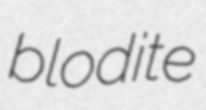
blodite